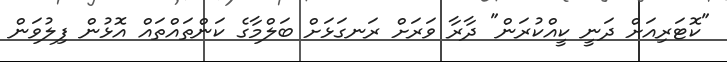
"ކޮޓަރިއަށް ދަނީ ކީއްކުރަން" ދާރާ ވަރަށް ރަނގަޅަށް ބަލްމާގެ ކަންތައްތައް އޮޅުން ފިލުވަން